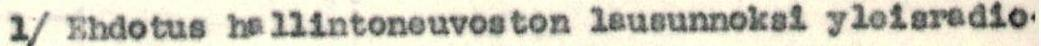
1/ Ehdotus hallintoneuvoston lausunnoksi yleisradio-